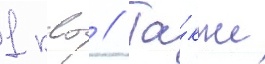
1 квт // Та́кже